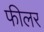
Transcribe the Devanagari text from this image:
फीलर